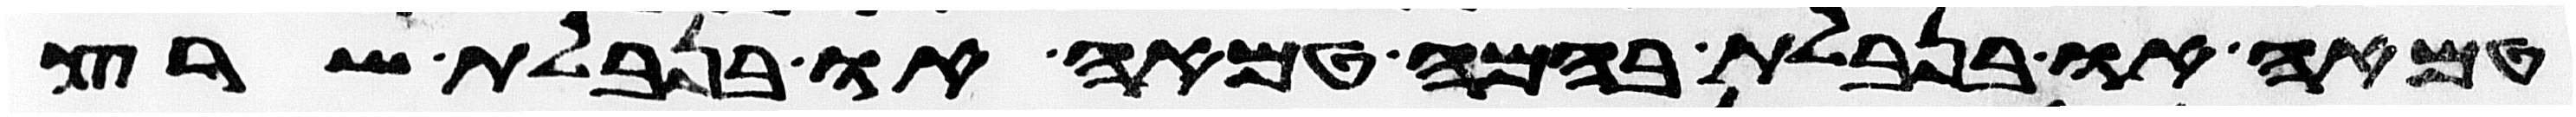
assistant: טמאה או בנבלת בהמה טמאה או בנבלת שרץ